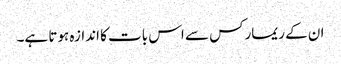
ان کے ریمارکس سے اس بات کا اندازہ ہوتا ہے۔